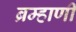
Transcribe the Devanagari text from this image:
ब्रम्हाणी